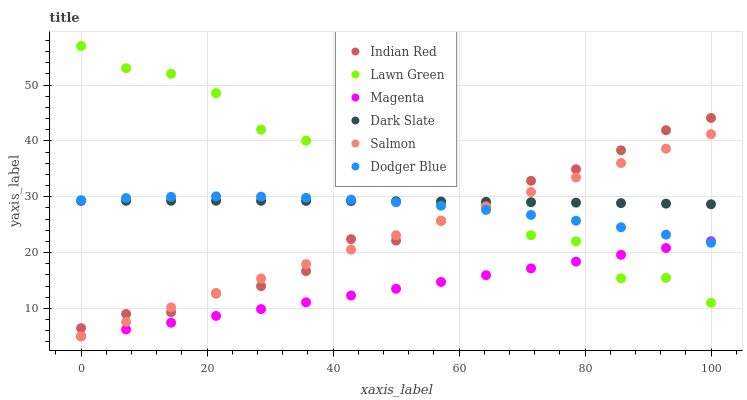
| xaxis_label | Indian Red | Lawn Green | Magenta | Dark Slate | Salmon | Dodger Blue |
 | --- | --- | --- | --- | --- | --- | --- |
 | 0 | 6.45 | 57 | 5 | 29.2 | 5 | 29.4 |
 | 7.14 | 9 | 53 | 6.22 | 29.3 | 7.59 | 29.8 |
 | 14.3 | 9.3 | 52 | 7.43 | 29.3 | 10.2 | 30 |
 | 21.4 | 12.6 | 48.6 | 8.65 | 29.3 | 12.8 | 30.1 |
 | 28.6 | 14 | 42 | 9.86 | 29.3 | 15.3 | 30 |
 | 35.7 | 16.7 | 40 | 11.1 | 29.3 | 17.9 | 29.8 |
 | 42.9 | 22.4 | 37.7 | 12.3 | 29.2 | 20.5 | 29.5 |
 | 50 | 22.1 | 34.7 | 13.5 | 29.2 | 23.1 | 29 |
 | 57.1 | 25.7 | 29 | 14.7 | 29.1 | 25.7 | 28.4 |
 | 64.3 | 28.7 | 28.3 | 15.9 | 29.1 | 28.3 | 27.6 |
 | 71.4 | 32.9 | 23.1 | 17.2 | 29 | 30.9 | 26.7 |
 | 78.6 | 34.9 | 22 | 18.4 | 28.9 | 33.4 | 25.7 |
 | 85.7 | 38.3 | 15.4 | 19.6 | 28.9 | 36 | 24.5 |
 | 92.9 | 41.9 | 15.5 | 20.8 | 28.8 | 38.6 | 23.2 |
 | 100 | 44.1 | 11 | 22 | 28.7 | 41.2 | 21.8 |